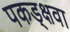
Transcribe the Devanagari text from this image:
पकड्क्षवा